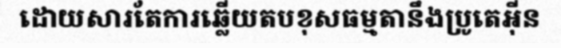
ដោយសារតែការឆ្លើយតបខុសធម្មតានឹងប្រូតេអ៊ីន